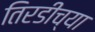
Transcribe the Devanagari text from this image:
तिरडीच्या